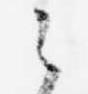
之